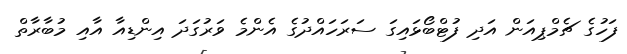
ފަހުގެ ޗެމްޕިއަން އަދި ފުޓްބޯޅައިގަ ސަރަހައްދުގެ އެންމެ ވަރުގަދަ އިންޑިއާ އާއި މުބާރާތް